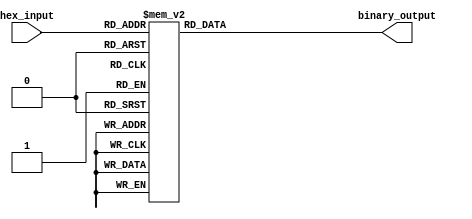
module HexToBinaryEncoder (
    input wire [3:0] hex_input,  // 4-bit input representing a hexadecimal digit
    output reg [3:0] binary_output // 4-bit output representing the binary equivalent
);

// Combinational logic to convert hexadecimal input to binary output
always @(*) begin
    case (hex_input)
        4'b0000: binary_output = 4'b0000; // 0
        4'b0001: binary_output = 4'b0001; // 1
        4'b0010: binary_output = 4'b0010; // 2
        4'b0011: binary_output = 4'b0011; // 3
        4'b0100: binary_output = 4'b0100; // 4
        4'b0101: binary_output = 4'b0101; // 5
        4'b0110: binary_output = 4'b0110; // 6
        4'b0111: binary_output = 4'b0111; // 7
        4'b1000: binary_output = 4'b1000; // 8
        4'b1001: binary_output = 4'b1001; // 9
        4'b1010: binary_output = 4'b1010; // A (10)
        4'b1011: binary_output = 4'b1011; // B (11)
        4'b1100: binary_output = 4'b1100; // C (12)
        4'b1101: binary_output = 4'b1101; // D (13)
        4'b1110: binary_output = 4'b1110; // E (14)
        4'b1111: binary_output = 4'b1111; // F (15)
        default: binary_output = 4'b0000;  // Invalid input, output can be defined as needed (here set to zero)
    endcase
end

endmodule